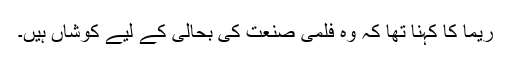
ریما کا کہنا تھا کہ وہ فلمی صنعت کی بحالی کے لیے کوشاں ہیں۔